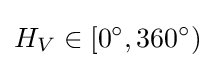
H_{V}\in [0^{\circ },360^{\circ })